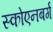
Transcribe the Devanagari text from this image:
स्कोएनबर्ग